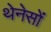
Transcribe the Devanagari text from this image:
थेनेसों